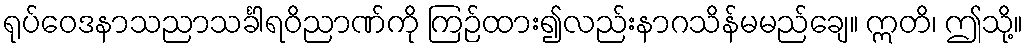
ရုပ်ဝေဒနာသညာသင်္ခါရဝိညာဏ်ကို ကြဉ်ထား၍လည်းနာဂသိန်မမည်ချေ။ ဣတိ၊ ဤသို့။